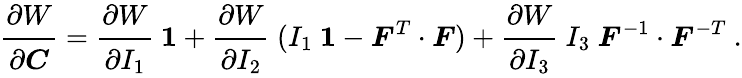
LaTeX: {\cfrac{\partial W}{\partial{\boldsymbol{C}}}}={\cfrac{\partial W}{\partial I_{1}}}~{\boldsymbol{\mathit{1}}}+{\cfrac{\partial W}{\partial I_{2}}}~(I_{1}~{\boldsymbol{\mathit{1}}}-{\boldsymbol{F}}^{T}\cdot{\boldsymbol{F}})+{\cfrac{\partial W}{\partial I_{3}}}~I_{3}~{\boldsymbol{F}}^{-1}\cdot{\boldsymbol{F}}^{-T}~.